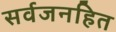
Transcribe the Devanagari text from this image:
सर्वजनहित